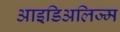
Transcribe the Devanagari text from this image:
आइडिअलिज्म